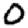
Digit: 0